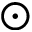
\odot